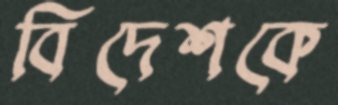
বিদেশকে